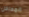
المداخل